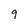
Character: q